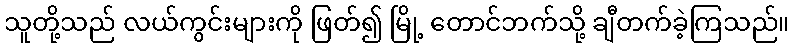
သူတို့သည် လယ်ကွင်းများကို ဖြတ်၍ မြို့ တောင်ဘက်သို့ ချီတက်ခဲ့ကြသည်။